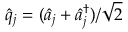
\hat { q } _ { j } = ( \hat { a } _ { j } + \hat { a } _ { j } ^ { \dag } ) / \sqrt { 2 }